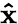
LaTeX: \mathbf{\hat{x}}